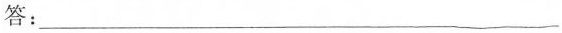
答：___